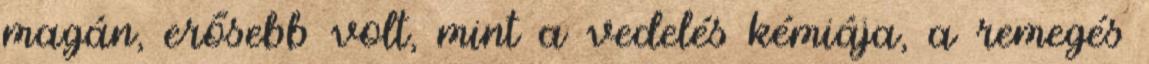
magán, erősebb volt, mint a vedelés kémiája, a remegés